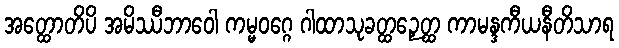
အတ္ထောတိပိ အမိဿီဘာဝေါ ကမ္မဝဂ္ဂေ ဂါထာသုခတ္ထဉှေတ္ထ ကာမန္ဒကီယနီတိသာရ